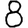
Digit: 8